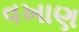
વખાણ